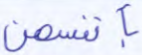
بأنفسهن